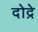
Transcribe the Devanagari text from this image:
दोद्रे